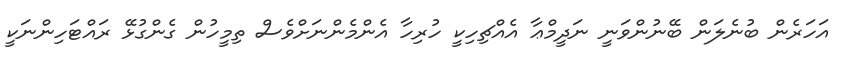
އަހަރެން ބުނެލަން ބޭނުންވަނީ ނަދީމްޢާ އެއްޗިހިކީ ހުރިހާ އެންމެންނަށްވެސް ތިމީހުން ގެންގުޅޭ ރައްޓަހިންނަކީ